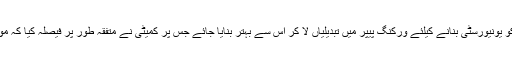
سینیٹر سعید غنی اور سینیٹر عائشہ رضا فاروق کی تجویز کہ اکیڈمی کو یونیورسٹی بنانے کیلئے ورکنگ پیپر میں تبدیلیاں لا کر اس سے بہتر بنایا جائے جس پر کمیٹی نے متفقہ طور پر فیصلہ کیا کہ موجودہ ایکٹ کی موجودگی میں دوسری یونیورسٹی کا درجہ مشکل ہے ۔